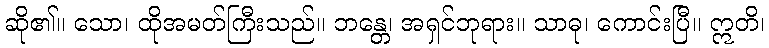
ဆို၏။ သော၊ ထိုအမတ်ကြီးသည်။ ဘန္တေ၊ အရှင်ဘုရား။ သာဓု၊ ကောင်းပြီ။ ဣတိ၊